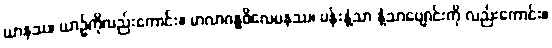
ယာနဿ၊ ယာဉ်ကိုလည်းကောင်း။ မာလာဂန္ဓဝိလေပနဿ၊ ပန်းနံ့သာ နံ့သာပျောင်းကို လည်းကောင်း။